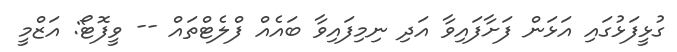
ގުޅީފަޅުގައި އަޅަން ފަށާފައިވާ އަދި ނިމިފައިވާ ބައެއް ފްލެޓްތައް -- ވީފޮޓޯ: އަޒްމީ